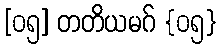
[၀၅] တတိယမဂ် {၀၅}